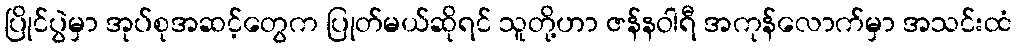
ပြိုင်ပွဲမှာ အုပ်စုအဆင့်တွေက ပြုတ်မယ်ဆိုရင် သူတို့ဟာ ဇန်နဝါရီ အကုန်လောက်မှာ အသင်းထံ